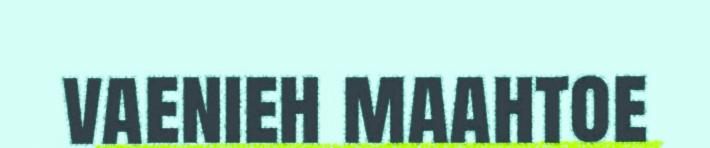
vaenieh maahtoe